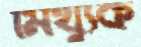
মিথ্যুক